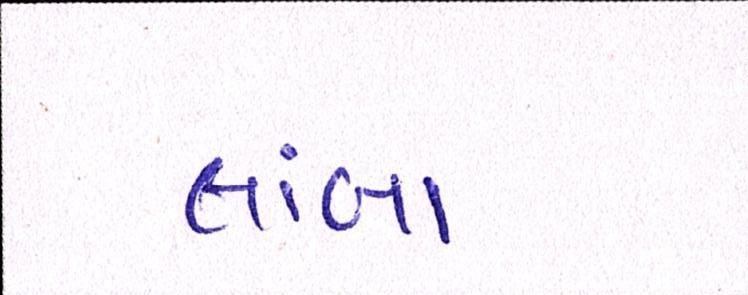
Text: લાંબા